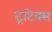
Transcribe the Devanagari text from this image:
ट्राटेक्स